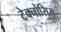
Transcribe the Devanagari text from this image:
टेक्नोसिस